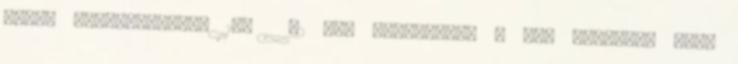
újabb megbetegedés, 107 42 nap leteltével a WHO november 7-én